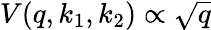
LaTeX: V(q,k_{1},k_{2})\propto\sqrt{q}